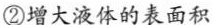
②增大液体的表面积